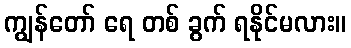
ကျွန်တော် ရေ တစ် ခွက် ရနိုင်မလား။